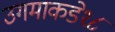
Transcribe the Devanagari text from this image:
उगमाकडे१८